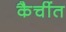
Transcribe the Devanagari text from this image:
कैचींत